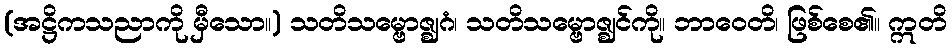
(အဋ္ဌိကသညာကို မှီသော။) သတိသမ္ဗောဇ္ဈဂံ၊ သတိသမ္ဗောဇ္ဈင်ကို။ ဘာဝေတိ၊ ဖြစ်စေ၏။ ဣတိ